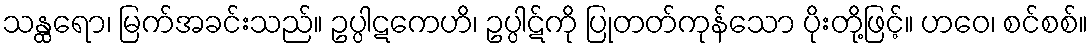
သန္ထရော၊ မြက်အခင်းသည်။ ဥပ္ပါဋကေဟိ၊ ဥပ္ပါဋ်ကို ပြုတတ်ကုန်သော ပိုးတို့ဖြင့်။ ဟဝေ၊ စင်စစ်။